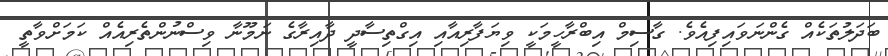
ބަދަލުތަކެއް ގެންނަވައިފިއެވެ. ގާސިމް އިބްރާހީމަކީ ވިޔަފާރިއާއި އިގްތިސާދީ ދާއިރާގެ ނަމޫނާ ވިސްނުންތެރިއެއް ކަމަށްވާތީ